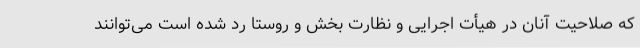
که صلاحیت آنان در هیأت اجرایی و نظارت بخش و روستا رد شده است می‌توانند